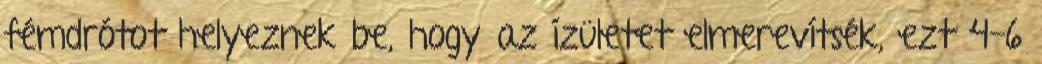
fémdrótot helyeznek be, hogy az ízületet elmerevítsék, ezt 4-6